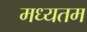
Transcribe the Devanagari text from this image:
मध्यतम